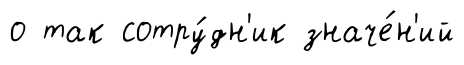
о так сотру́дн'ик значе́н'ий